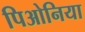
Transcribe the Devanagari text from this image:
पिओनिया